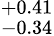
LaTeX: ^{+0.41}_{-0.34}